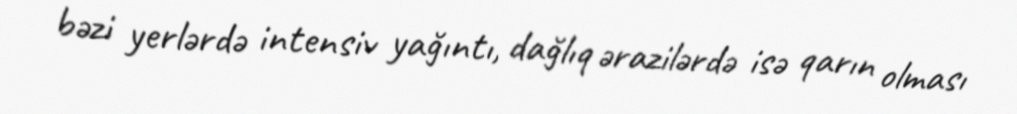
bəzi yerlərdə intensiv yağıntı, dağlıq ərazilərdə isə qarın olması